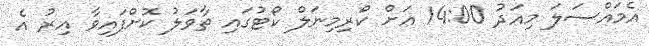
އެމައްސަލަ މިއަދު 14:00 އަށް ކްރިމިނަލް ކޯޓުގައި ތާވަލު ކޮށްފައިވާ އިރު އެ